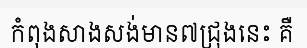
កំពុងសាងសង់មាន៧ជ្រុងនេះ គឺ